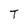
Character: T